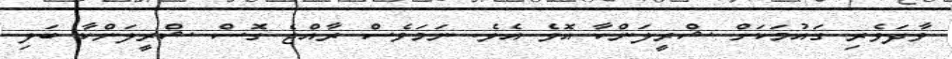
ވާދަވެރި ގައުމަކަށް ޝްރީލަންކާ އޮވެ އެވެ. ނަމަވެސް ރާއްޖެ ގޮސް ޝްރީލަންކާ ބަލި